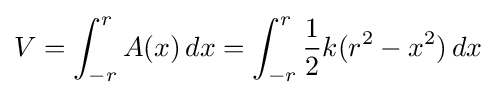
V=\int _{-r}^{r}A(x)\,dx=\int _{-r}^{r}{1 \over 2}k(r^{2}-x^{2})\,dx